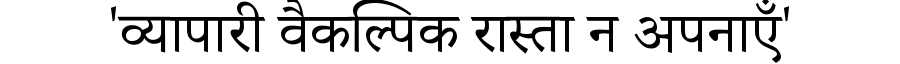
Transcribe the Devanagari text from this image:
'व्यापारी वैकल्पिक रास्ता न अपनाएँ'